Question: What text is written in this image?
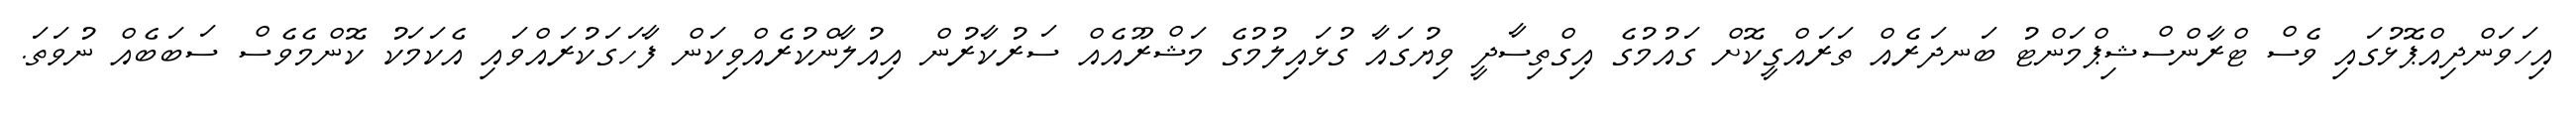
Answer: އިހަވަންދިއްޕޮޅުގައި ވެސް ޓްރާންސްޝިޕްމަންޓު ބަނދަރެއް ތަރައްގީކޮށް ގައުމުގެ އިގްތިސާދީ ވިޔުގައާ ގުޅައިލުމުގެ މަޝްރޫއެއް ސަރުކާރުން އިއުލާންކުރެއްވިކަން ފާހަގަކުރައްވައި އެކަމަކު ކޮންމެވެސް ސަބަބެއް ނުވަތަ.